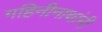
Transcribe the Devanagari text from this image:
गहिनीनाथांनी